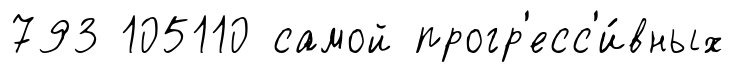
793 105110 самой прогр'есс'и́вных